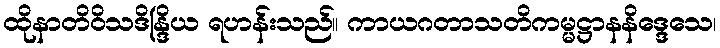
ထိုနာတိဝိသဒိန္ဒြိယ ရဟန်းသည်။ ကာယဂတာသတိကမ္မဋ္ဌာနနိဒ္ဒေသေ၊